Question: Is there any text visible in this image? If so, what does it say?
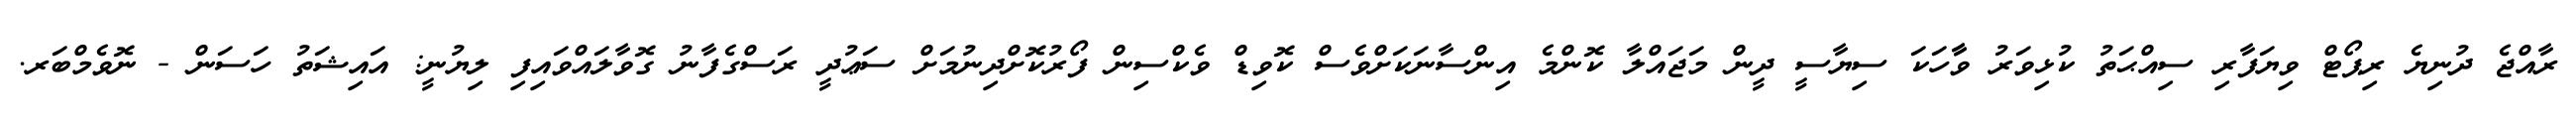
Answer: ރާއްޖެ ދުނިޔެ ރިޕޯޓް ވިޔަފާރި ސިއްޙަތު ކުޅިވަރު ވާާހަކަ ސިޔާސީ ދީން މަޖައްލާ ކޮންމެ އިންސާނަކަށްވެސް ކޮވިޑް ވެކްސިން ފޯރުކޮށްދިނުމަށް ސަޢުދީ ރަސްގެފާނު ގޮވާލައްވައިފި ލިޔުނީ: އައިޝަތު ހަސަން - ނޮވެމްބަރ.